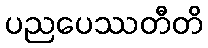
ပညပေဿတီတိ